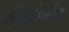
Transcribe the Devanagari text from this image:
विद्युचुंबकीय